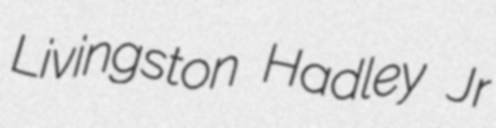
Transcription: Livingston Hadley Jr